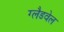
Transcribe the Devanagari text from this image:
ग्लैडवेल